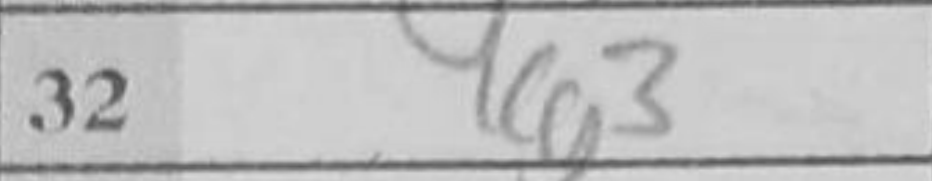
Transcription: bxc4